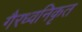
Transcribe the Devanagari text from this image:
गैरध्वनिकृत